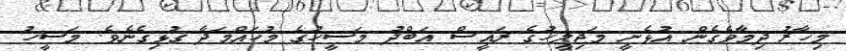
މިހާރު ދިމާވެގެން އުޅެނީ މަޖިލީހުގެ ރައީސް އަބްދު މަސީހުގެ މުހައްމަދާ ގުޅިގެނެވެ. މަސީހު